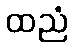
ထညံ